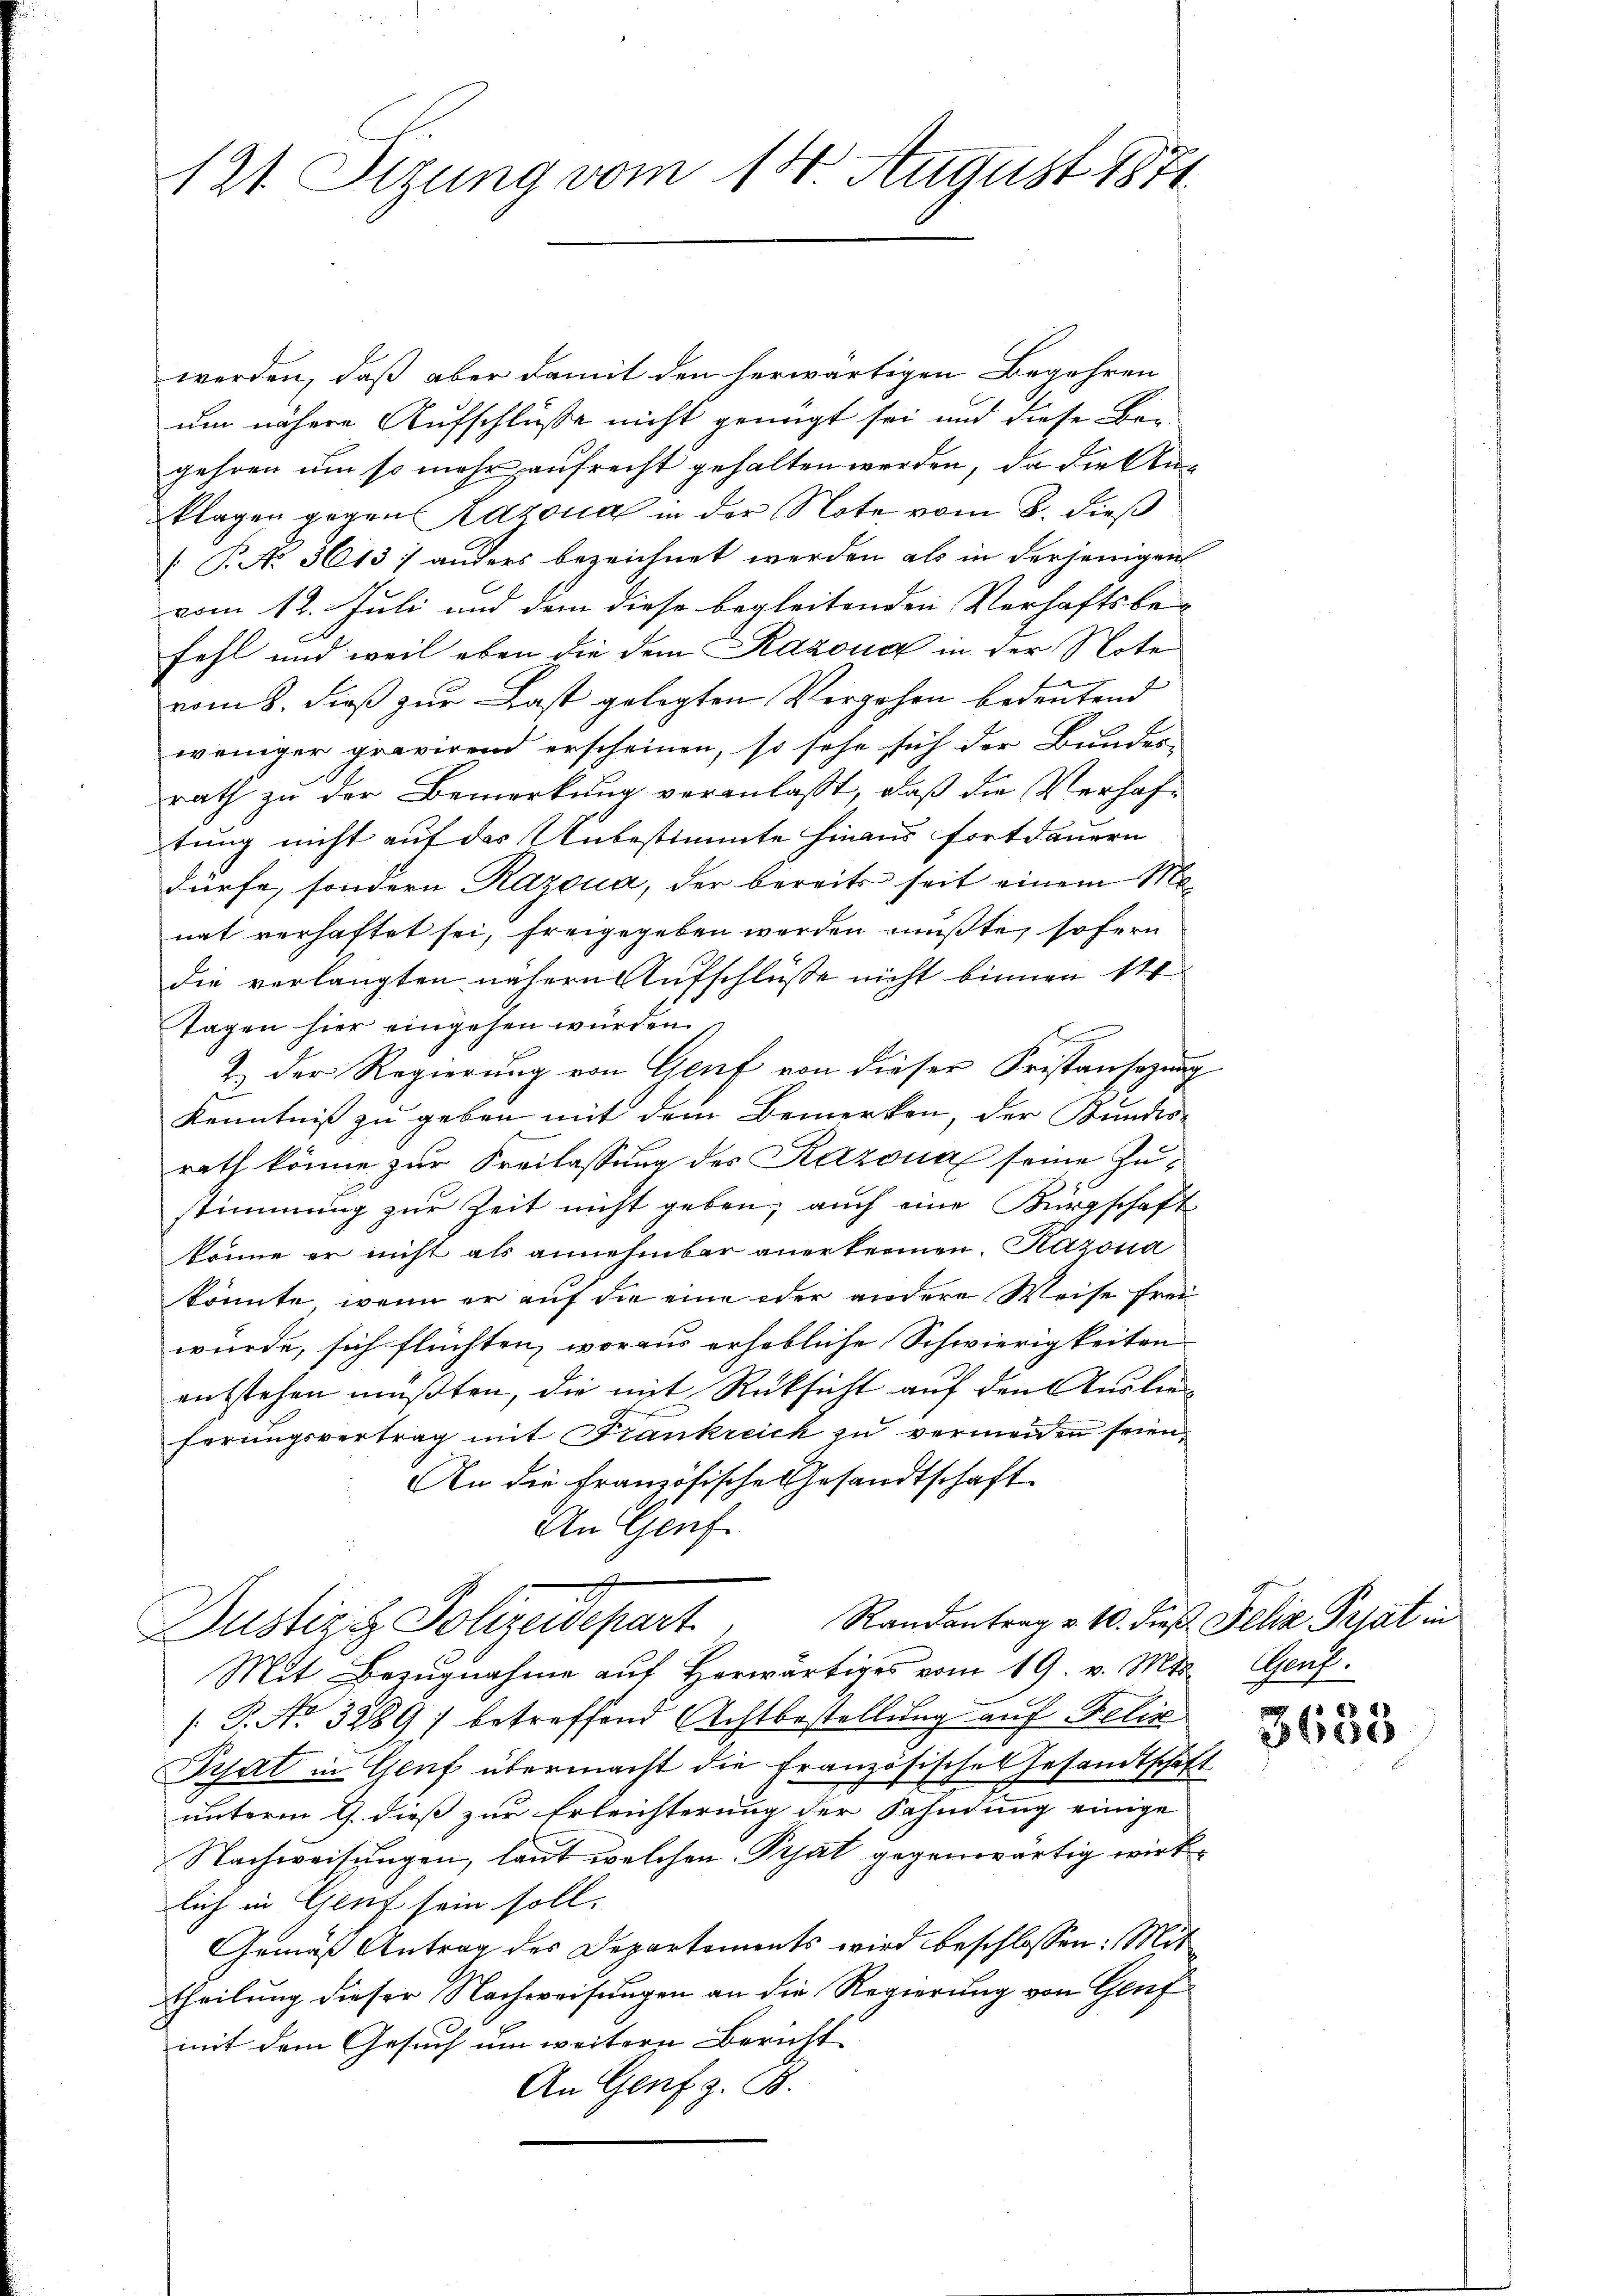
121. Sizung vom 14. August 1871.

werden, daß aber damit den herwärtigen Begehren
um nähere Aufschlüsse nicht genügt sei und diese Ber-
gehren um so mehr aufrecht gehalten werden, da die Anklagen gegen Lazona in der Note vom 8. dieß
 P. No 3013; anders bezeichnet werden als in derjenigen
vom 12. Juli und dem diese begleitenden Verhaftsbe
fehl und weil eben die dem Razona in der Note
vom 8. dieß zur Last gelegten Vergehen bedeutend
weniger gravirend erscheinen, so sehe sich der Bundes- |
rath zu der Bemerkung veranlasst, daß die Verhaftung nicht auf das Unbestimmte hinaus fortdauern
dürfe, sondern Razoua, der bereits seit einem Monat verhaftet sei, freigegeben werden mußte, sofern
die verlangten nähern Aufschlüsse nicht binnen st
Tagen hier eingehen würden.
e
2.) Der Regierung von Genf von dieser Fristansezung
Kenntniß zu geben mit dem Bemerken, der Bundes-
rath könne zur Freilassung des Kazona seine Zustimmung zur Zeit nicht geben, auch eine Bürgschaft
könne er nicht als annehmbar anerkennen. Kazona
könnte, wenn er auf die eine oder andere Weise frei
würde, sich flüchten, woraus erhebliche Schwierigkeiten
entstehen müßten, die mit Rücksicht auf den Auslieferungsvertrag mit Frankreich zu vermeiden seien,
An die Französische Gesandtschaft
An Genf.
u
Randantrag v. 10. dieß Felix Prjat in
Justiz & Polizeidepart
Mit Bezŭgnahme aŭf herwärtiges vom 19. v. Mts. Genf.
[P. No 3289) betreffend Achtbestellung auf Felix
Pyat in Genf übermacht die Französisches Gesandtschaft
unterm 9. dieß zur Erleichterung der Sahndung einige
Nachweisŭngen, laut welchen Prat gegenwärtig wirklich in Genf sein soll.
Gemäß Antrag des Departements wird beschlossen: Mit
theilung dieser Nachweisungen an die Regierung von Genf
mit dem Gesuch um weitern Bericht
An Genf z. B.

3638